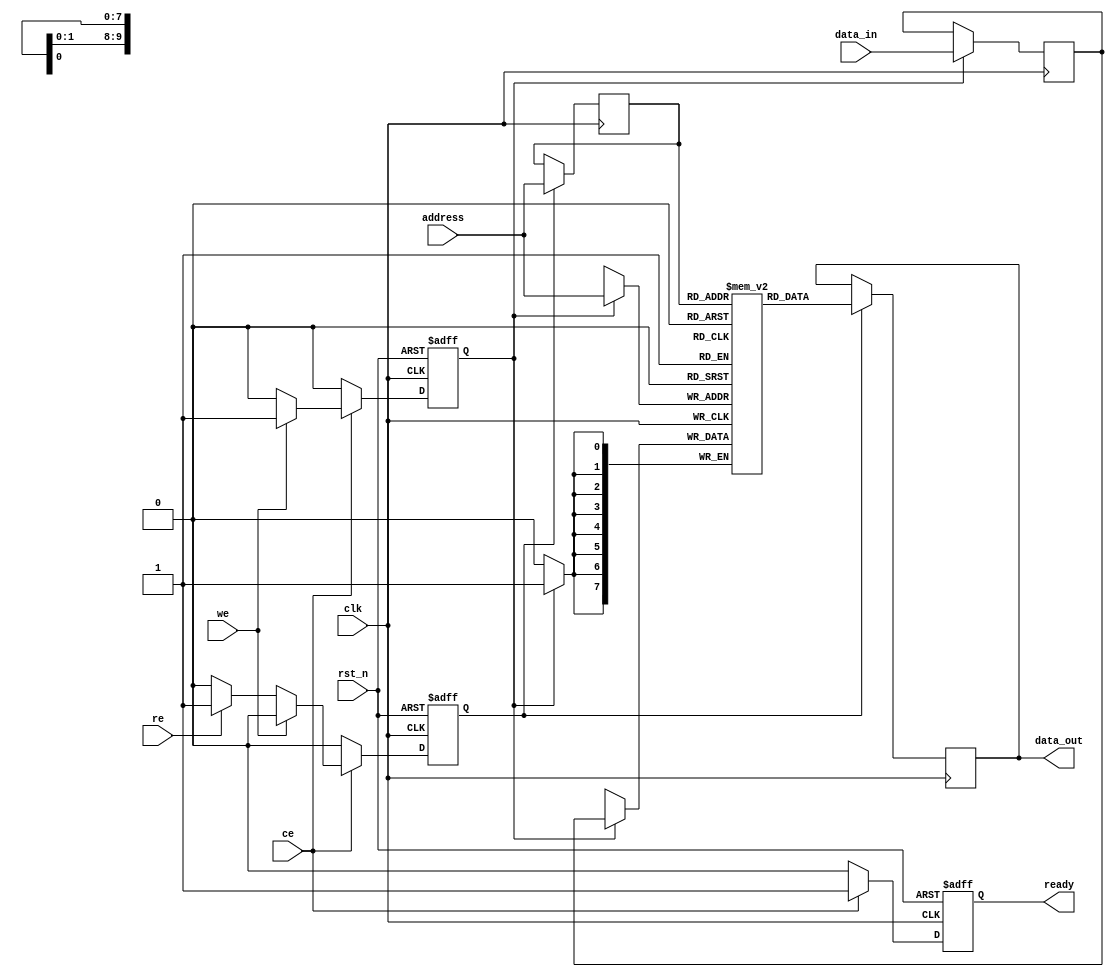
module FeRAM_IO_Block (
    input wire clk,
    input wire rst_n,
    input wire ce,  // Chip Enable
    input wire we,  // Write Enable
    input wire re,  // Read Enable
    input wire [7:0] data_in,  // Data input
    output reg [7:0] data_out,  // Data output
    input wire [9:0] address,  // Address input
    output reg ready  // Ready signal
);

    // Internal signals
    reg [7:0] data_buffer; // Data input buffer
    reg [7:0] memory_array [0:1023]; // Example memory array (1KB)
    reg [9:0] selected_address; // Selected address
    reg write_enable; // Internal write enable
    reg read_enable; // Internal read enable

    // Control Signal Interface
    always @(posedge clk or negedge rst_n) begin
        if (!rst_n) begin
            ready <= 1'b0;
            write_enable <= 1'b0;
            read_enable <= 1'b0;
        end else begin
            // Control signals handling
            if (ce) begin
                if (we) begin
                    write_enable <= 1'b1;
                    read_enable <= 1'b0;
                end else if (re) begin
                    read_enable <= 1'b1;
                    write_enable <= 1'b0;
                end else begin
                    write_enable <= 1'b0;
                    read_enable <= 1'b0;
                end
                ready <= 1'b1;
            end else begin
                ready <= 1'b0;
                write_enable <= 1'b0;
                read_enable <= 1'b0;
            end
        end
    end

    // Data Input Buffer
    always @(posedge clk) begin
        if (write_enable) begin
            data_buffer <= data_in; // Latch incoming data
            memory_array[address] <= data_buffer; // Write to memory array
        end
    end

    // Data Output Buffer and Read Sense Amplifier
    always @(posedge clk) begin
        if (read_enable) begin
            selected_address <= address; // Select address
            data_out <= memory_array[selected_address]; // Read from memory array
        end
    end

    // Power Management and Timing Control Logic
    // This section is simplified; actual implementation would include power state management
    // and timing controls based on specific requirements.

endmodule